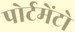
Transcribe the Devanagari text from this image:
पोर्टमेंटो